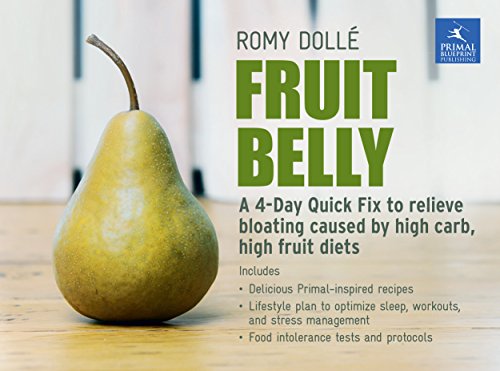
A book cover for Fruit Belly: A 4-Day Quick Fix To Relieve Bloating Caused By High Carb, High Fruit Diets; Romy DollÃ©; Cookbooks, Food & Wine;